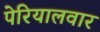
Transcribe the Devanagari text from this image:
पेरियालवार